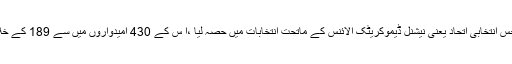
بھارت میں بی جے پی نے جس انتخابی اتحاد یعنی نیشنل ڈیموکریٹک الائنس کے ماتحت انتخابات میں حصہ لیا ،اُ س کے 430 امیدواروں میں سے 189 کے خلاف باقاعدہ مقدمات درج ہیں۔